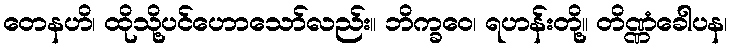
တေနဟိ၊ ထိုသို့ပင်ဟောသော်လည်း။ ဘိက္ခဝေ၊ ရဟန်းတို့။ တိဏ္ဏံခေါပန၊